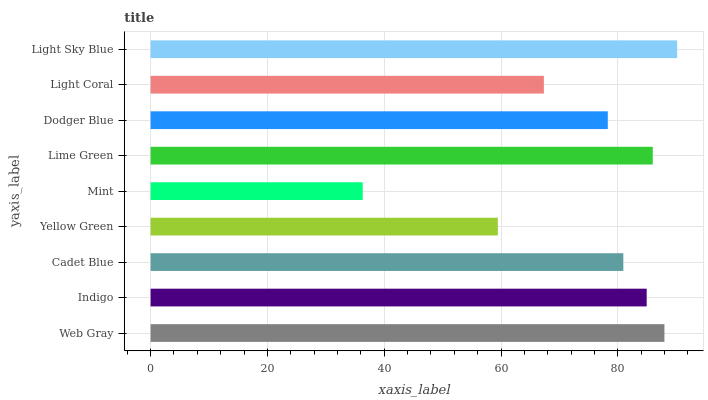
| yaxis_label | bars |
 | --- | --- |
 | Web Gray | 88 |
 | Indigo | 84.9 |
 | Cadet Blue | 80.9 |
 | Yellow Green | 59.5 |
 | Mint | 36.3 |
 | Lime Green | 86 |
 | Dodger Blue | 78.3 |
 | Light Coral | 67.3 |
 | Light Sky Blue | 90.2 |